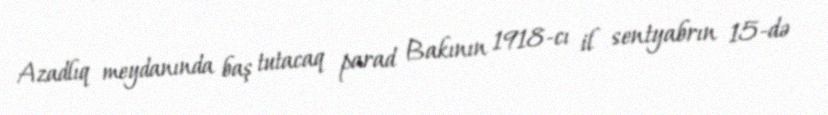
Azadlıq meydanında baş tutacaq parad Bakının 1918-cı il sentyabrın 15-də